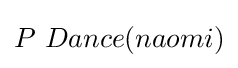
P\ Dance(naomi)